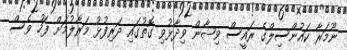
ނޫމަރާ ކައުންސިލްގެ ރައީސް ވިޝާން ވިދާޅުވި ގޮތުގައި ދަރިފުޅު މަރާލުމަށް ފަހު ވެސް